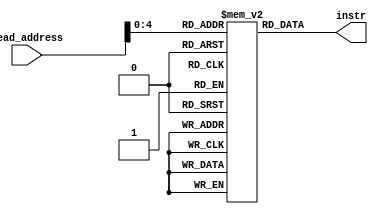
module instr_mem (
    input [31:0] read_address,
    output reg [31:0] instr
    );
    parameter propDelay=2;
    
    
    reg [31:0] mem [0:28];
    
    initial
    begin
        mem[0] = 'b001000_00000_01000_0000_0000_0000_0101; //addi $t0,$zero,5
        mem[4] = 'b001000_00000_01001_0000_0000_0000_0110; //addi $t1,$zero,6
        mem[8] = 'b001010_00000_01001_0000_0000_0000_0001; //slti $t1,$zero,1
        mem[12] = 'b001010_00000_01001_0000_0000_0000_0000; //slti $t1,$zero,0
        mem[16] = 'b001100_01000_01001_0000_0000_0000_1111; //andi $t1,$t0,15
        mem[20] = 'b001101_01000_01001_0000_0000_0000_1000; //ori $t1,$t0,8
        mem[24] = 'b000000_01000_01001_01010_00000_100000;  //add $t2,$t0,$t1
        mem[28] = 'b101011_00000_01010_0000_0000_0000_0100; //sw $t2,4($zero)
    end
    
    always @(*)
    begin
        #propDelay instr = mem[read_address];
    end
    
    
endmodule